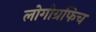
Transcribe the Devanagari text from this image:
लोगोग्रफिच